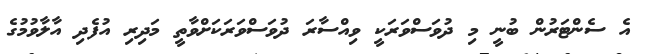
އެ ސެންޓަރުން ބުނީ މި ދުވަސްވަރަކީ ވިއްސާރަ ދުވަސްވަރަކަށްވާތީ މަދިރި އުފެދި އާލާވުމުގެ